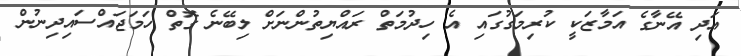
އަދި އޭނާގެ އަމާޒަކީ ކުރިމަގުގައި އެ ހިދުމަތް ރައްޔިތުންނަށް ލިބޭނެ ގޮތް ހަމަޖައްސައިދިނުން